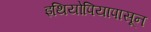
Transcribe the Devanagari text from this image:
इथियोपियापासून